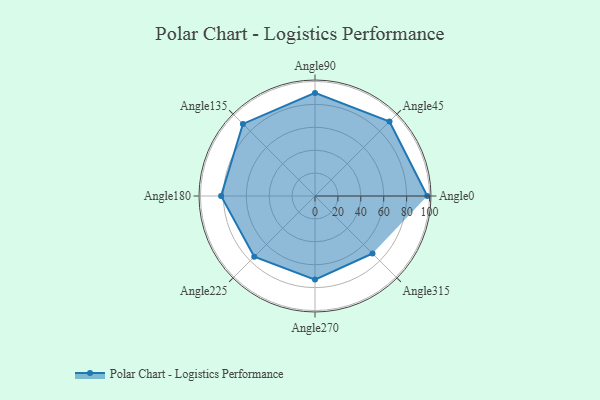
{"axis": {"x": "Angle", "y": "Radius"}, "legend": [""], "data": [{"x": "Angle0", "y": 98.0, "type": ""}, {"x": "Angle45", "y": 92.0, "type": ""}, {"x": "Angle90", "y": 90.0, "type": ""}, {"x": "Angle135", "y": 89.0, "type": ""}, {"x": "Angle180", "y": 82.0, "type": ""}, {"x": "Angle225", "y": 75.0, "type": ""}, {"x": "Angle270", "y": 73.0, "type": ""}, {"x": "Angle315", "y": 71.0, "type": ""}]}